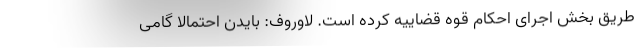
طریق بخش اجرای احکام قوه قضاییه کرده است. لاوروف: بایدن احتمالا گامی